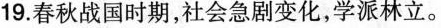
19.春秋战国时期，社会急剧变化，学派林立。